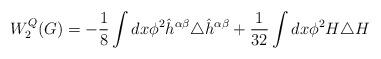
LaTeX: \begin{align*}W_{2}^{Q}(G) =-\frac{1}{8}\int dx \phi^{2}\hat{h}^{\alpha\beta}\triangle\hat{h}^{\alpha\beta} +\frac{1}{32}\int dx\phi^{2}H\triangle H\end{align*}